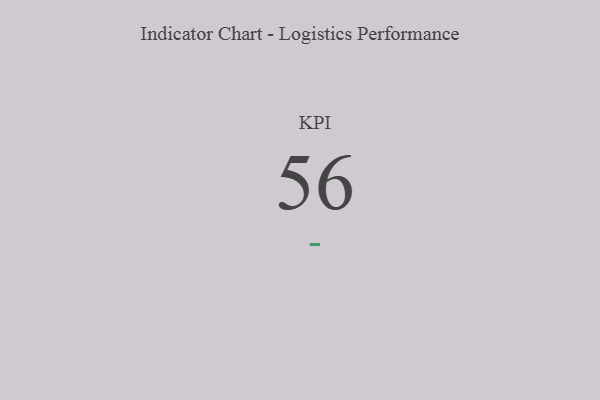
{"axis": {"x": "KPI", "y": "Value"}, "legend": [""], "data": [{"x": "KPI", "y": 56, "type": ""}]}